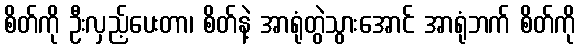
စိတ်ကို ဦးလှည့်ပေးတာ၊ စိတ်နဲ့ အာရုံတွဲသွားအောင် အာရုံဘက် စိတ်ကို